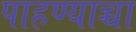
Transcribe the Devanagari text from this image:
पाहण्याच्चा